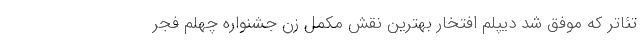
تئاتر که موفق شد دیپلم افتخار بهترین نقش مکمل زنِ جشنواره چهلم فجر